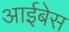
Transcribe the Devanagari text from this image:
आईबेस